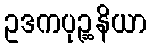
ဥဒကပုဉ္ဆနိယာ